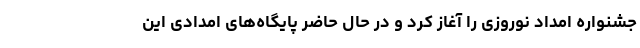
جشنواره امداد نوروزی را آغاز کرد و در حال حاضر پایگاه‌های امدادی این